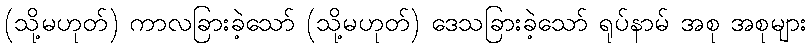
(သို့မဟုတ်) ကာလခြားခဲ့သော် (သို့မဟုတ်) ဒေသခြားခဲ့သော် ရုပ်နာမ် အစု အစုများ